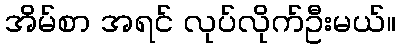
အိမ်စာ အရင် လုပ်လိုက်ဦးမယ်။